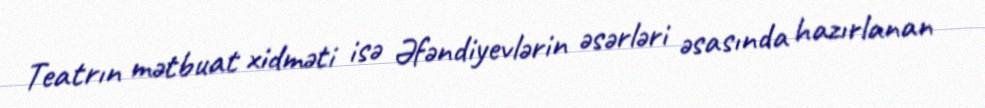
Teatrın mətbuat xidməti isə Əfəndiyevlərin əsərləri əsasında hazırlanan